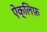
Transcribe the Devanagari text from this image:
ऐक्लिफ़